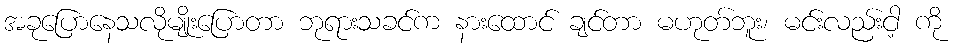
အခုပြောနေသလိုမျိုးပြောတာ ဘုရားသခင်က နားထောင် ချင်တာ မဟုတ်ဘူး၊ မင်းလည်းငါ့ ကို